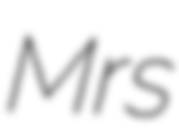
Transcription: Mrs